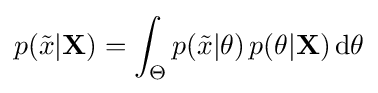
p({\tilde {x}}|\mathbf {X} )=\int _{\Theta }p({\tilde {x}}|\theta )\,p(\theta |\mathbf {X} )\operatorname {d} \!\theta